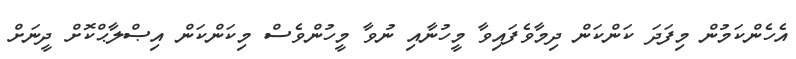
އެހެންކަމުން މިފަދަ ކަންކަން ދިމާވެފައިވާ މީހުނާއި ނުވާ މީހުންވެސް މިކަންކަން އިޞްލާޙްކޮށް ދީނަށް